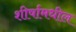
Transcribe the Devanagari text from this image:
शीर्षामधील